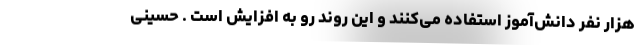
هزار نفر دانش‌آموز استفاده می‌کنند و این روند رو به افزایش است . حسینی